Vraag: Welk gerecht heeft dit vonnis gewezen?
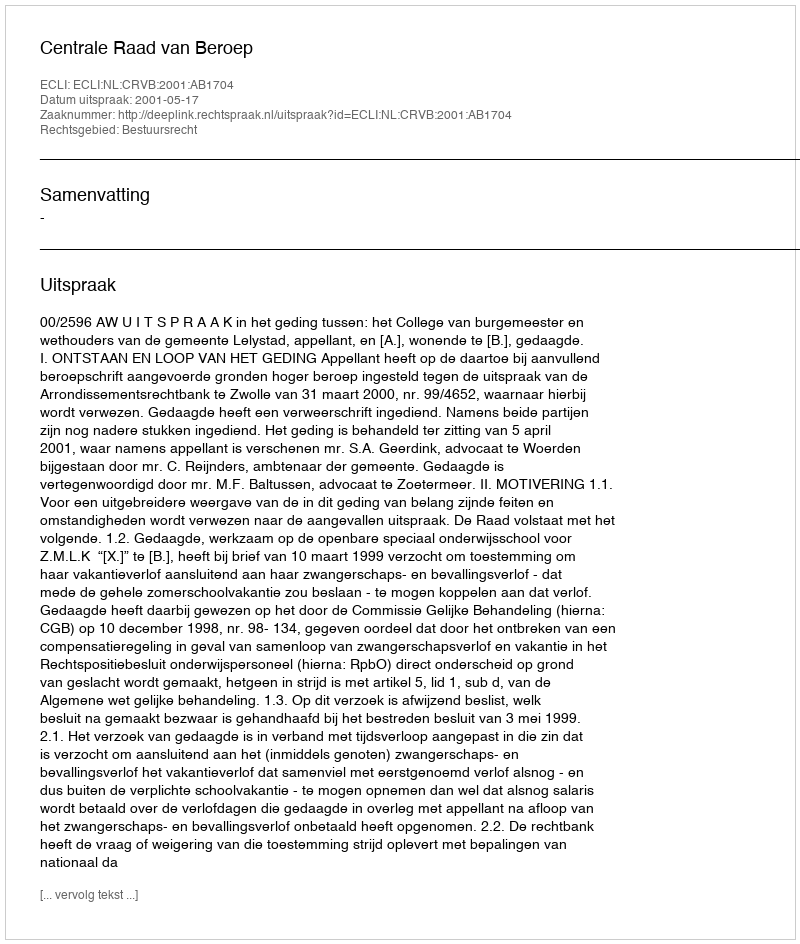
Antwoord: Centrale Raad van Beroep